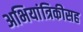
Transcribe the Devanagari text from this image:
अभियांत्रिकीसह